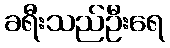
ခရီးသည်ဦးရေ